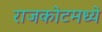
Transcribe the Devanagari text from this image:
राजकोटमध्ये